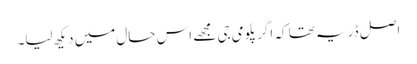
اصل ڈر یہ تھا کہ اگر پلومی جی مجھے اس حال میں دیکھ لیا۔